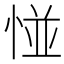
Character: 𢛰